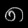
Digit: ၈